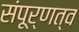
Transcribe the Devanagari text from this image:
संपूर्णत्व